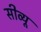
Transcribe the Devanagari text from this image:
सीव्‍यू